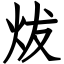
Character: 炦